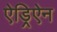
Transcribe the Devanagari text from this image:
ऐड्रिऐन